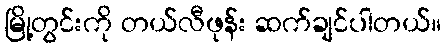
မြို့တွင်းကို တယ်လီဖုန်း ဆက်ချင်ပါတယ်။